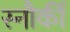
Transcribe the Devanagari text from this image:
स्नौर्की